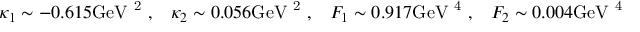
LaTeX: \kappa _ { 1 } \sim - 0 . 6 1 5 \mathrm { G e V ~ ^ { 2 } ~ } , \; \; \; \kappa _ { 2 } \sim 0 . 0 5 6 \mathrm { G e V ~ ^ { 2 } ~ } , \; \; \; F _ { 1 } \sim 0 . 9 1 7 \mathrm { { G e V } ~ ^ { 4 } ~ } , \; \; \; F _ { 2 } \sim 0 . 0 0 4 \mathrm { { G e V } ~ ^ { 4 } ~ } .